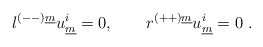
\begin{align*} l^{(--)\underline{m}} u^i_{\underline{m}} = 0 , \qquad r^{(++)\underline{m}} u^i_{\underline{m}} = 0~. \qquad\end{align*}